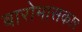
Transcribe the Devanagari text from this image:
बारोमासकार